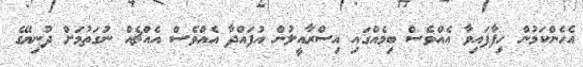
އެހެންކަމުން ހިފާފައިވާ އެއްވެސް ބިމެއްގައި އިސްރާއީލުން އުފައްދާ އެއްވެސް އެއްޗެއް ނުގަތުމަށް ދުނިޔޭގެ